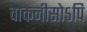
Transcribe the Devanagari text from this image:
वाकनीसोऽपि